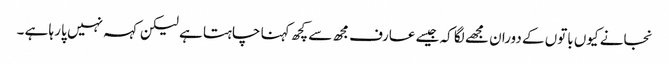
نجانے کیوں باتوں کے دوران مجھے لگا کہ جیسے عارف مجھ سے کچھ کہنا چاہتا ہے لیکن کہہ نہیں پا رہا ہے ۔